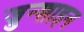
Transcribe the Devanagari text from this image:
ज़ुन्शाइन